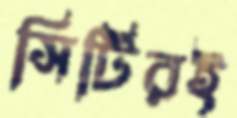
সিটিরই